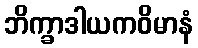
ဘိက္ခာဒါယကဝိမာနံ